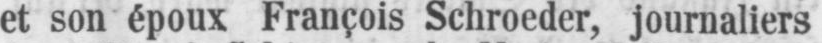
et son époux François Schroeder, journaliers